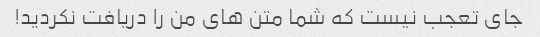
جای تعجب نیست که شما متن های من را دریافت نکردید!